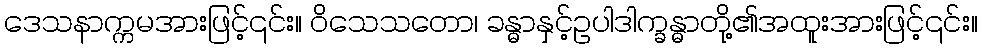
ဒေသနာက္ကမအားဖြင့်၎င်း။ ဝိသေသတော၊ ခန္ဓာနှင့်ဥပါဒါက္ခန္ဓာတို့၏အထူးအားဖြင့်၎င်း။